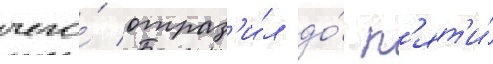
чего́ отраз'и́л до́ п'ят'и́